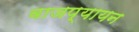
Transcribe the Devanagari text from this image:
वाजप्यायन